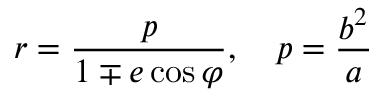
r = { \frac { p } { 1 \mp e \cos \varphi } } , \quad p = { \frac { b ^ { 2 } } { a } }